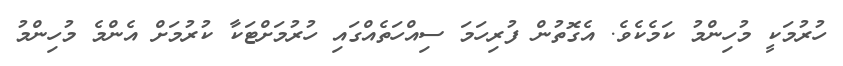
ހުރުމަކީ މުހިންމު ކަމެކެވެ. އެގޮތުން ފުރިހަމަ ސިއްހަތެއްގައި ހުރުމަށްޓަކާ ކުރުމަށް އެންމެ މުހިންމު